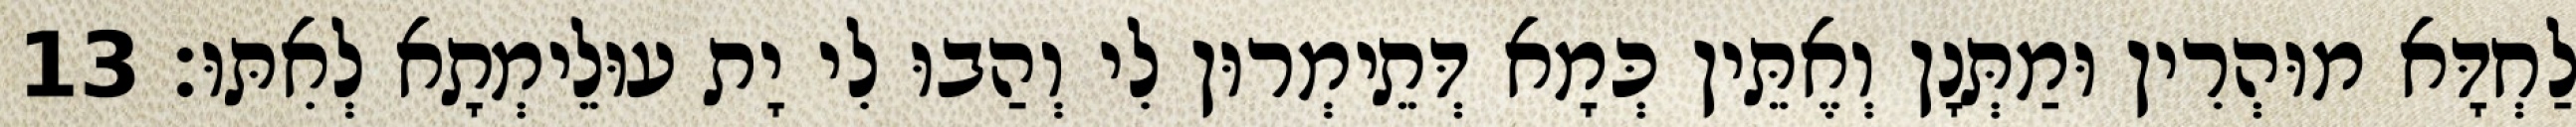
לַחְדָּא מוּהְרִין וּמַתְּנָן וְאֶתֵּין כְּמָא דְּתֵימְרוּן לִי וְהַבוּ לִי יָת עוּלֵימְתָא לְאִתּוּ׃ 13